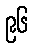
၉၆